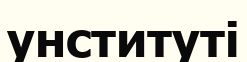
унституті